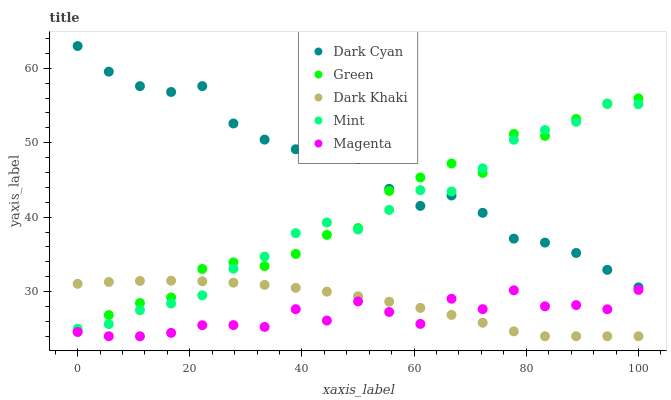
| xaxis_label | Dark Cyan | Green | Dark Khaki | Mint | Magenta |
 | --- | --- | --- | --- | --- | --- |
 | 0 | 63 | 24.6 | 31 | 25 | 24.6 |
 | 5.56 | 59.6 | 26.8 | 31.3 | 25.6 | 24 |
 | 11.1 | 57.6 | 28.5 | 31.4 | 27.5 | 24 |
 | 16.7 | 56.8 | 29.2 | 31.5 | 28.4 | 24.5 |
 | 22.2 | 57.6 | 33 | 31.4 | 29.5 | 25.5 |
 | 27.8 | 52.6 | 33.9 | 31.2 | 33.1 | 25.5 |
 | 33.3 | 50.4 | 33.4 | 30.9 | 34.7 | 25.3 |
 | 38.9 | 49.1 | 35.1 | 30.5 | 37.9 | 27.6 |
 | 44.4 | 49.7 | 37.6 | 30 | 39.3 | 26.1 |
 | 50 | 47.8 | 38.5 | 29.4 | 38.3 | 28.7 |
 | 55.6 | 43.8 | 43.5 | 28.6 | 41 | 27.3 |
 | 61.1 | 41.5 | 45.3 | 27.8 | 43.6 | 25.7 |
 | 66.7 | 42.9 | 47.2 | 26.9 | 43.5 | 29 |
 | 72.2 | 40.6 | 45.9 | 25.8 | 46.6 | 27.6 |
 | 77.8 | 37.1 | 51.2 | 24.7 | 50.4 | 30.2 |
 | 83.3 | 36.6 | 50.9 | 24 | 51.7 | 28 |
 | 88.9 | 35.2 | 53.2 | 24 | 52.8 | 28.2 |
 | 94.4 | 32.9 | 55.2 | 24 | 55.3 | 27.6 |
 | 100 | 30.6 | 56 | 24 | 55.2 | 30.2 |